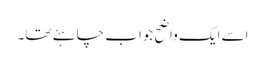
اسے ایک واضح جواب چاہئے تھا۔